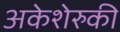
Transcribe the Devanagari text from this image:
अकेशेरुकी